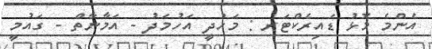
އެންމެ މޮޅު ޑައިރެކްޓަރ : މަހުދީ އަހުމަދު - އަމާނާތް - ގައުމީ